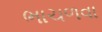
ભાચળવા